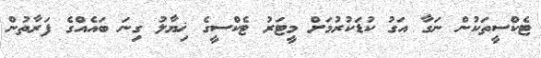
ޓެކްސީތަކުން ނަގާ އަގު ކުޑަކުރުމަށް މީޓަރު ޓެކްސީގެ ޚިޔާލު ގިނަ ބައެއްގެ ފަރާތުން